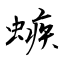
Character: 螏